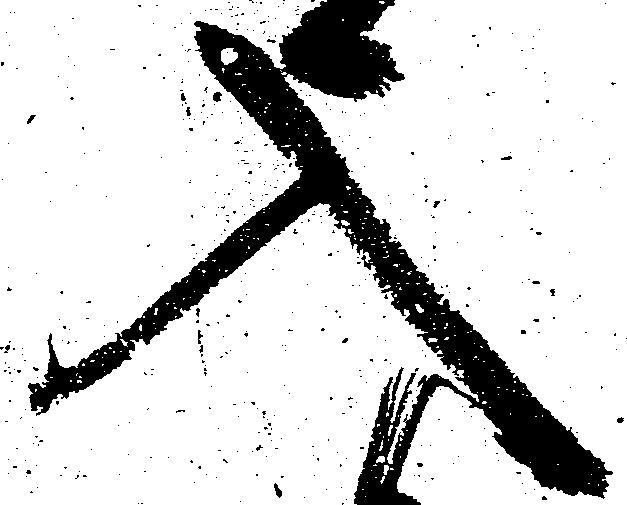
入